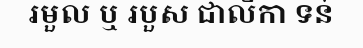
រមួល ឬ របួស ជាលិកា ទន់